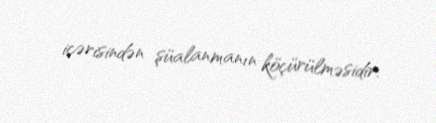
içərisindən şüalanmanın köçürülməsidir.